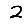
Digit: 2